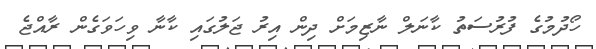
ހޯދުމުގެ ފުރުސަތު ކާނަލް ނާޒިމަށް ދިން އިރު ޖަލުގައި ކާނާ ވިހަވަގެން ރާއްޖެ